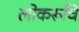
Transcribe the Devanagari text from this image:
लोकरूचि